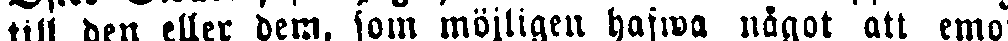
till den eller dem, som möjligen hajwa något att emot